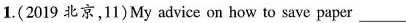
1.(2019 北京,11)My advice on how to save paper ___